Civil Veterinary Department. Madras. Admin. report 1926-33 - 1926-1933
Year: 1926
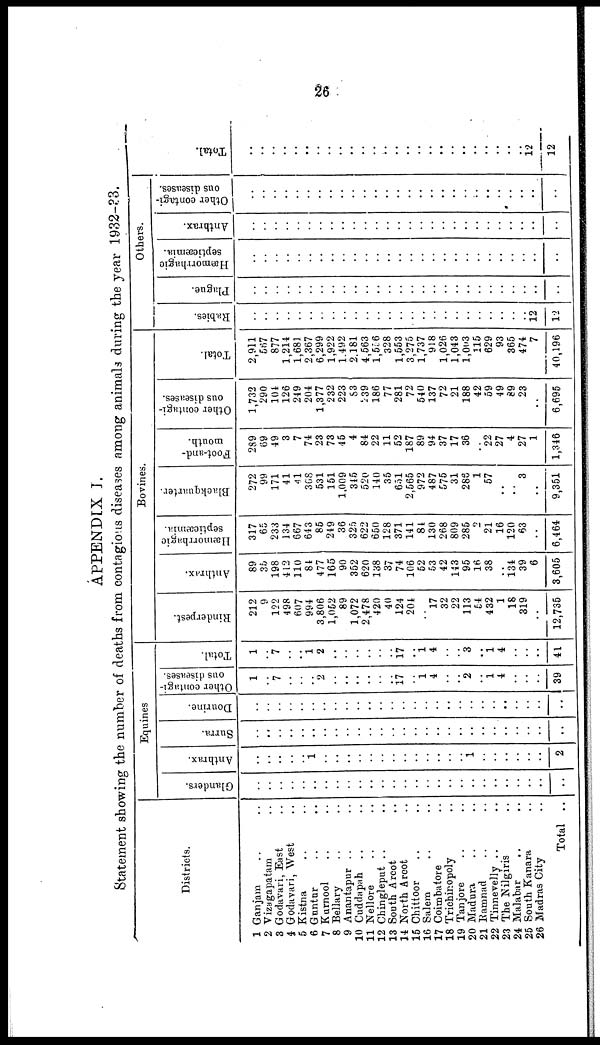
26
APPENDIX I.
Statement showing the number of deaths from contagious diseases among animals during the year 1932-33.
Districts.
1 Ganjam .. ..
2 Vizagapatam ..
3 Godavari, East ..
4 Godavari, West ..
5 Kistna ..
6 Guntur .. ..
7 Kurnool .. ..
8 Bellary .. ..
9 Anantapur .. ..
10 Cuddapah .. ..
11 Nellore .. ..
12 Chingleput .. ..
13 South Arcot .. ..
14 North Arcot .. ..
15 Chittoor .. ..
16 Salem .. ..
17 Coimbatore ..
18 Trichicopoly ..
19 Tanjore .. ..
20 Madura .. ..
21 Ramnad .. ..
22 Tinnevelly .. ..
23 The Nilgiris .. ..
24 Malabar .. ..
25 South Kanara ..
26 Madras City
Total ..
Equines
Glanders.
..
..
..
..
.. ..
..
..
..
..
..
..
..
..
..
.. ..
..
..
..
..
..
..
Anthrax.
..
..
..
..
.. 1
..
..
..
..
..
..
..
..
..
.. 1
..
..
..
..
..
..
2
Surra.
..
..
..
..
.. ..
..
..
..
..
..
..
..
..
..
..
..
..
..
..
..
.. ..
Dourine.
..
..
..
..
.. ..
..
..
..
..
..
..
..
..
..
.. ..
..
..
..
..
..
..
..
Other contagi-
ous diseases.
1
..
7
..
.. ..
2
..
..
..
.. .. .. 17 .. 1
4
..
..
2
..
1
4
..
..
..
39
Total.
1
..
7
..
.. 1
2
..
..
..
..
..
..
17
..
1
4
..
..
8
..
1
4
..
..
..
41
Bovines.
Rinderpest.
212
9
122
498
607
994
3,806
1,052
89
1,072
2,478
420
40
124
201
17
32
22
113
54
432
1
18
319
..
12,735
Anthrax.
89
35
198
412
110
84
477
165
90
352
620
138
37
74
106
52
53
42
143
95
16
38
134
39
..
3,605
Hæmorrhagic
septicæmia.
317
65
233
134
667
643
85
249
36
325
622
650
128
371
141
81
130
268
809
285
2
21
16
120
63
..
6,464
Blackquarter.
272
99
171
41
41
368
531
151
1,009
315
520
140
35
651
2,565
972
487
575
31
288
1
57
..
..
3
..
9,351
Foot-and-
mouth.
289
69
49
3
7
74
23
73
45
4
84
22
11
52
187
89
94
37
17
36
..
22
27
4
27
1
1,346
Other contagi-
ous diseases.
1,732
290
104
126
249
204
1,377
232
223
83
239
186
77
281
72
540
137
72
21
188
42
59
49
89
23
..
6,695
Total.
2,911
587
877
1,214
1,681
2,367
6,299
1,922
1.492
2.181
4,563
1,556
328
1,553
3,275
1,737
918
1,026
1,043
l,003
115
629
93
365
474
7 13
40,196
Others.
Rabies.
..
..
..
..
..
..
..
..
..
..
..
..
..
..
..
..
..
..
..
..
..
..
..
..
..
12
Plague.
..
..
..
..
.. ..
..
..
..
..
..
..
..
..
..
..
..
..
.. ..
..
..
..
..
.. ..
..
Hæmorrhagie
septicæmia.
..
..
..
..
.. ..
..
..
..
..
..
..
..
..
..
..
..
..
.. ..
..
..
..
..
.. ..
..
Anthrax.
..
..
..
..
.. ..
..
..
..
..
..
..
..
..
..
..
..
..
.. ..
..
..
..
..
.. ..
..
Other contagi-
ous diseases.
..
..
..
..
..
..
..
..
..
..
..
..
..
..
..
..
..
.. ..
..
..
..
..
.. ..
..
Tot al .
..
..
..
..
..
..
..
..
..
..
..
..
..
..
..
..
..
..
..
.. ..
..
..
..
..
..
12
12